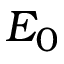
E _ { 0 }